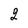
Character: 2